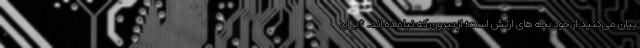
بیان می‌کنید از خود بچه های ارتش است؛ از بیرون که نیامده اند. *برای